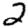
Digit: 2